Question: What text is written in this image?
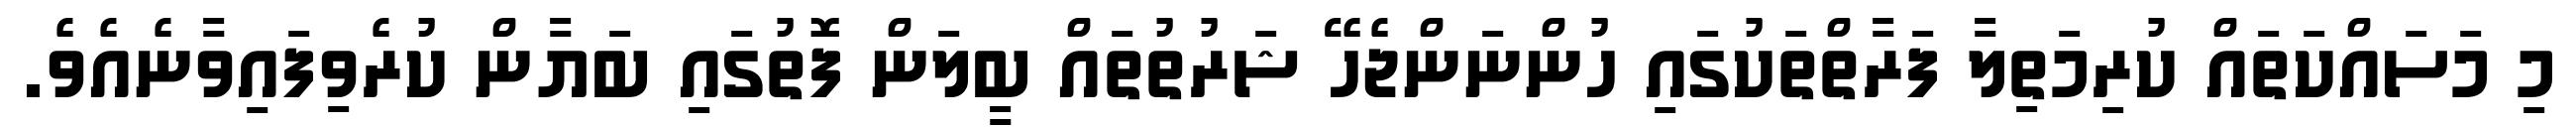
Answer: މި މަސައްކަތައް ކުރިމަތިލާ ފަރާތްތަކުގައި ހުންނަންޖެހޭ ޝަރުތުތައް ބީލަން ފޮތުގައި ބަޔާން ކުރެވިފައިވާނެއެވެ.